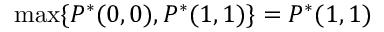
\operatorname* { m a x } \{ P ^ { * } ( 0 , 0 ) , P ^ { * } ( 1 , 1 ) \} = P ^ { * } ( 1 , 1 )